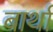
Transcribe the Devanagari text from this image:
बार्था